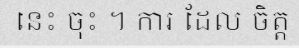
នេះ ចុះ ។ ការ ដែល ចិត្ត